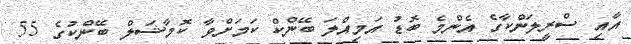
އާއި ސްރީލަންކާގެ އެންމެ ބޮޑު އަމިއްލަ ބޭންކް ކަމަށްވާ ކޮމާޝަލް ބޭންކުގެ 55